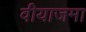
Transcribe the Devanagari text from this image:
वीयाजमा